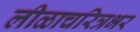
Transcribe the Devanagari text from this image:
लीळाचरित्रभर